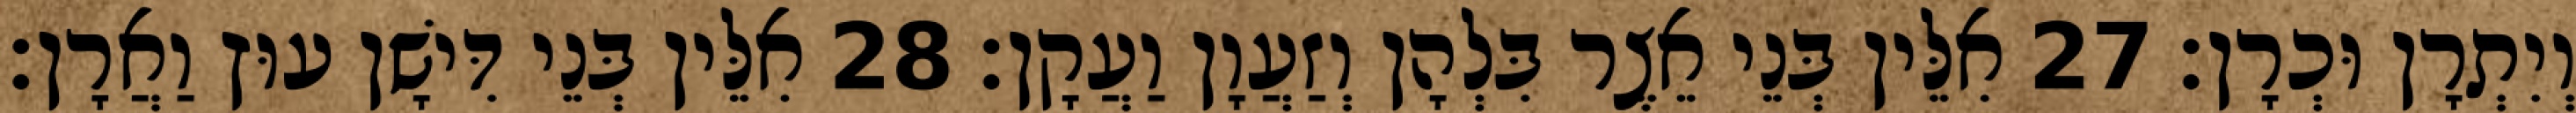
וְיִתְרָן וּכְרָן׃ 27 אִלֵּין בְּנֵי אֵצֶר בִּלְהָן וְזַעֲוָן וַעֲקָן׃ 28 אִלֵּין בְּנֵי דִּישָׁן עוּץ וַאֲרָן׃